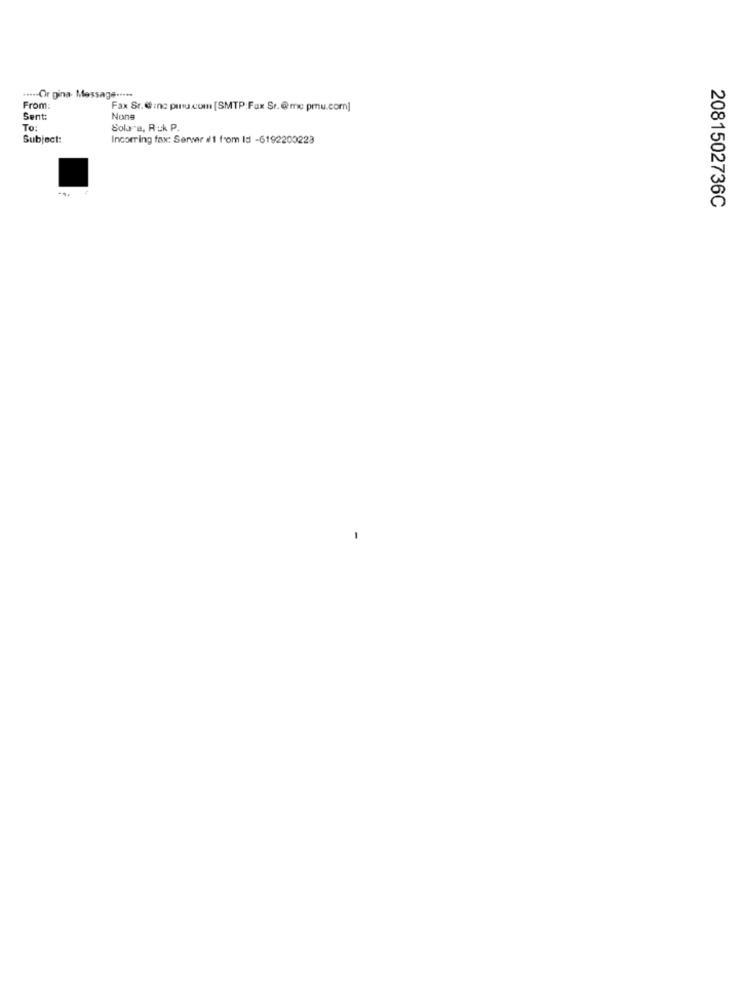
....- Or gina- Message .....
From:
Fax Sr. @ inc pursu.com [SMTP: Fax Sr.@mc pmu.com]
Sent:
Nons
To:
Solare, Ruk P.
Subject:
Incoming fax: Serwer i'1 from Id -6192200223
2081502736C